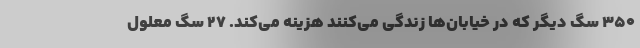
۳۵۰ سگ دیگر که در خیابان‌ها زندگی می‌کنند هزینه می‌کند. ۲۷ سگ معلول